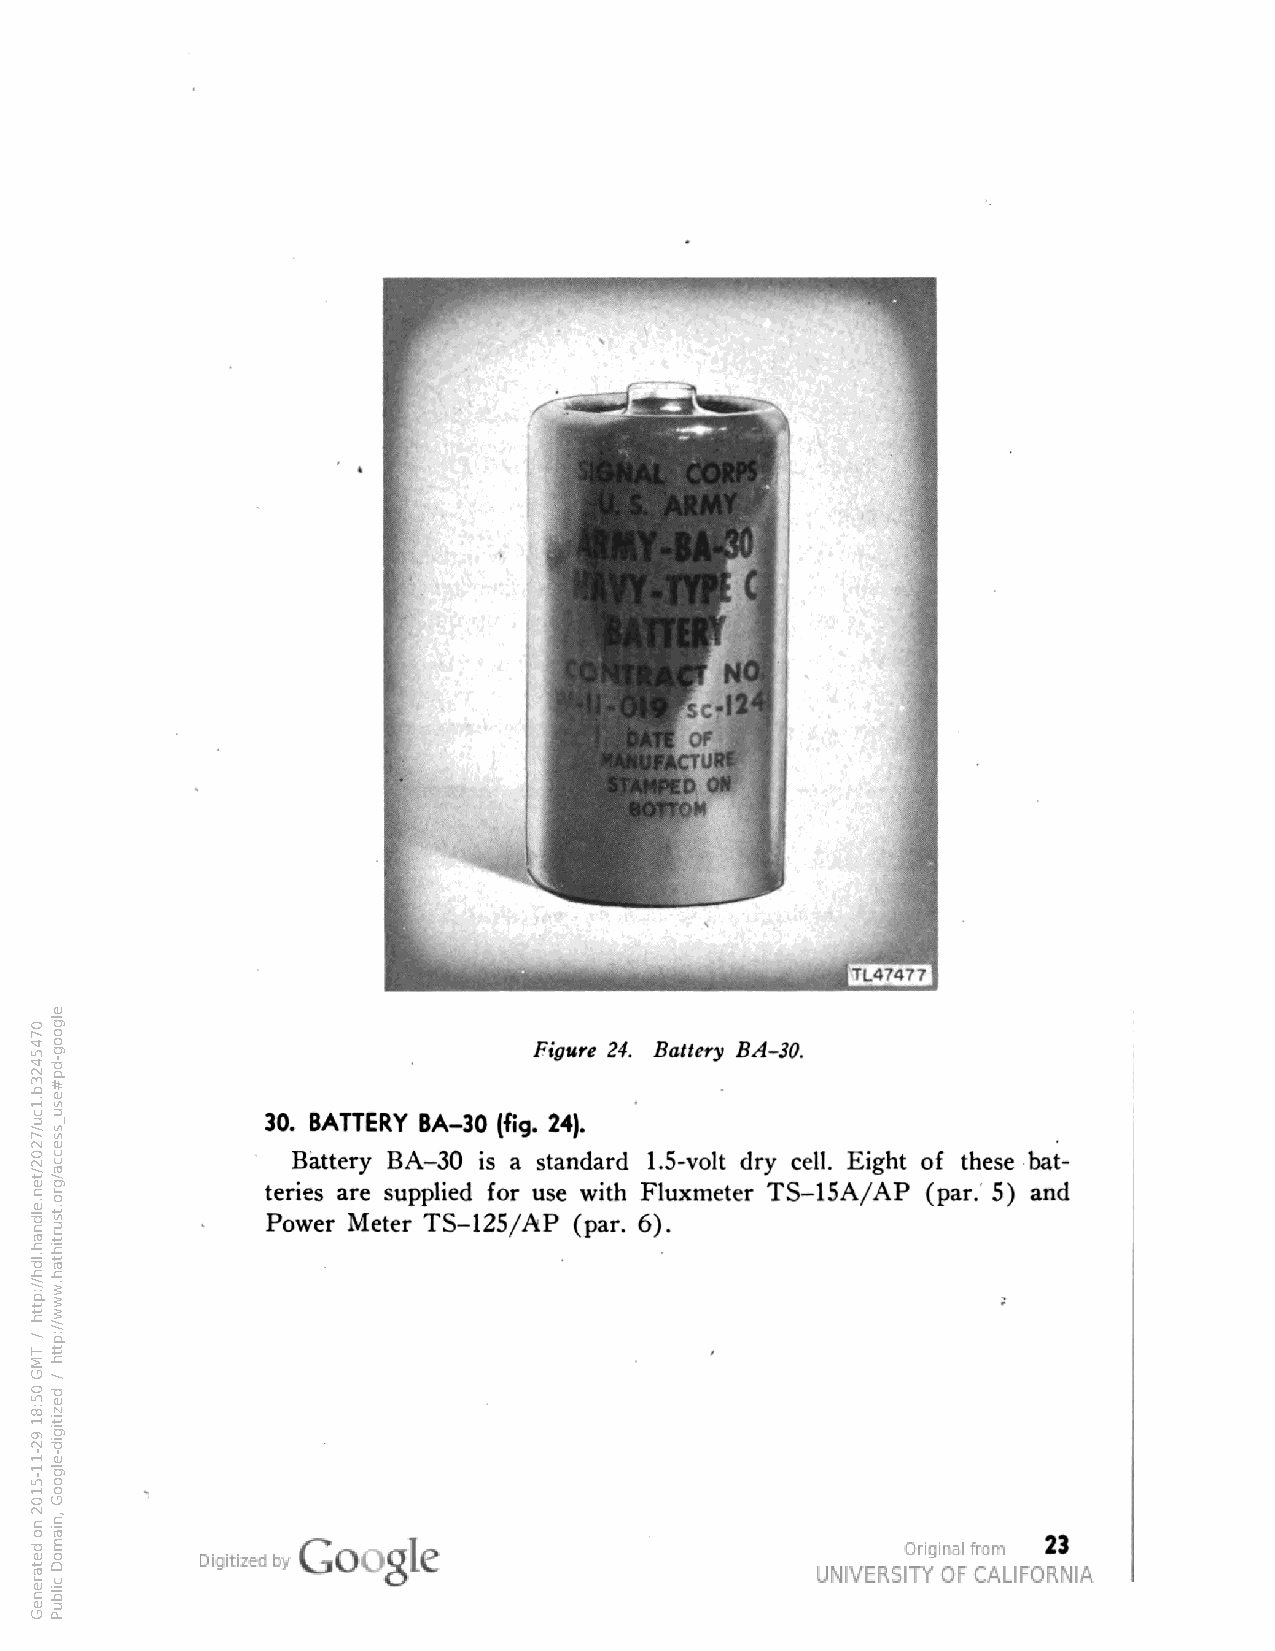
Figure 24. Battery BA-30.
 30. BATTERY BA-30 (fig. 24).
 Battery BA-30 is a standard 1.5-volt dry cell. Eight of these bat
 teries are supplied for use with Fluxmeter TS-15A/AP (par. 5) and
 Power Meter TS-125/AP (par. 6).
 23
 0745423b.1cu/7202/ten.eldnah.ldh//:ptth
 /
 TMG
 05:81
 92-11-5102
 no
 detareneG
 elgoog-dp#esu_ssecca/gro.tsurtihtah.www//:ptth
 /
 dezitigid-elgooG
 ,niamoD
 cilbuP